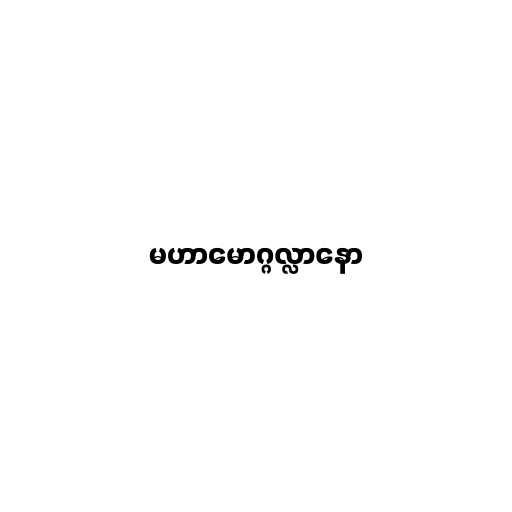
မဟာမောဂ္ဂလ္လာနော